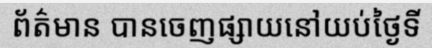
ព័ត៌មាន បានចេញផ្សាយនៅយប់ថ្ងៃទី